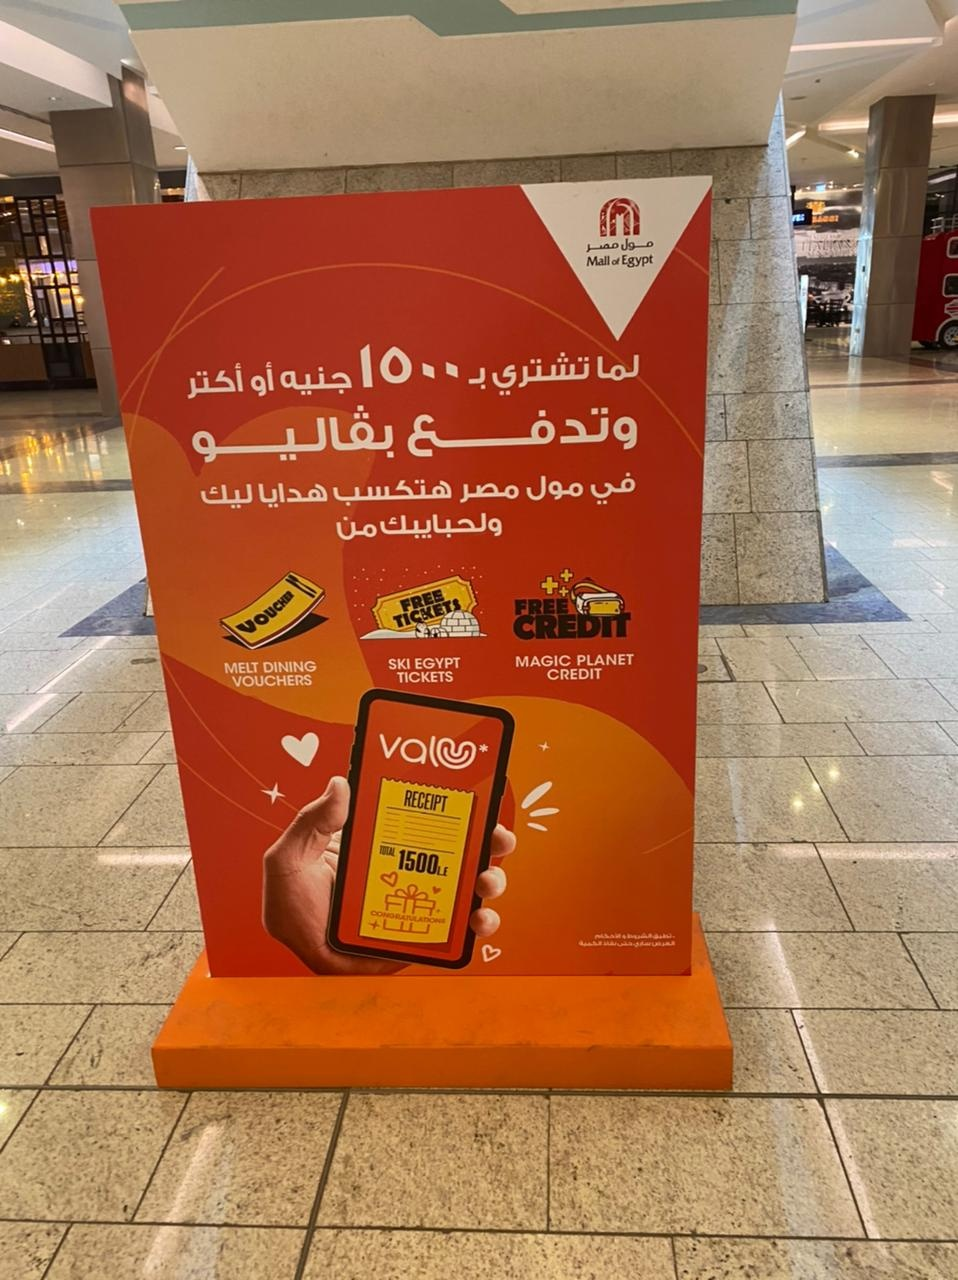
Text in image: مول مصر 1500 لما تشتري بـ جنيه أو أكتر وتدفع بفاليو في مول هتكسب مصر هدايا ليك ولحبايبك من Mall Egypt of FREE FREE VOCHER TICKETS CREDIT PLANET MAGIC SKI EGYPT DINING MELT CREDIT TICKETS VOUCHERS RECEIPT 1500